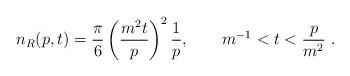
LaTeX: \begin{align*}n_R(p,t)=\frac\pi6\left(\frac{m^2t}p\right)^2\frac1p,\qquad m^{-1}<t<\frac p{m^2}\ .\end{align*}